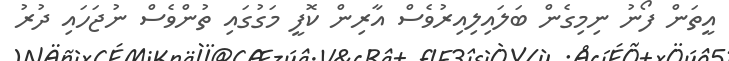
އީތަން ފޯނު ނިމިގެން ބަލައިލިއިރުވެސް އާރިން ކޮފީ މަގުގައި ތުންވެސް ނުޖަހައި ދުރު